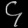
Digit: ၄